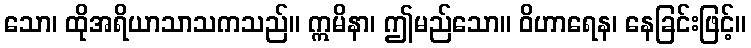
သော၊ ထိုအရိယာသာသကသည်။ ဣမိနာ၊ ဤမည်သော။ ဝိဟာရေန၊ နေခြင်းဖြင့်။